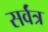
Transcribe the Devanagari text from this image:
सर्वंत्र